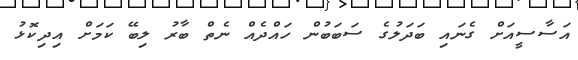
އަސާސީއަށް ގެނައި ބަދަލުގެ ސަބަބުން ހައްދެއް ނެތް ބާރު ލިބޭ ކަމަށް އިދިކޮޅު